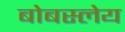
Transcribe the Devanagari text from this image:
बोबस्लेय